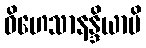
ဝိဟေသာနန္ဒိယာပိ